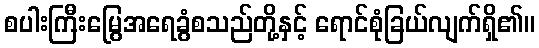
စပါးကြီးမြွေအရေခွံစသည်တို့နှင့် ရောင်စုံခြယ်လျက်ရှိ၏။